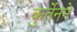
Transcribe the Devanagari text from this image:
कुर्तेनने